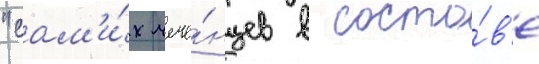
"сам'и́х чече́нцев в соста́в'е